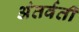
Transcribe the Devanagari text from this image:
अंतर्वती